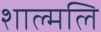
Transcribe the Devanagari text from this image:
शाल्मलि